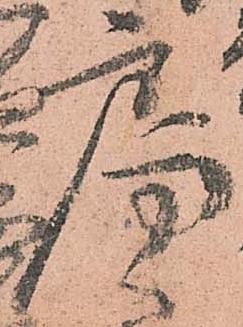
局